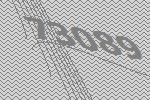
73089